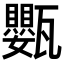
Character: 𭺩